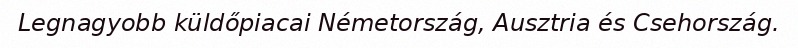
Legnagyobb küldőpiacai Németország, Ausztria és Csehország.